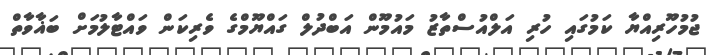
ޖުމުހޫރިއްޔާ ކަމުގައި ހުރި އަލްއުސްތާޒު މައުމޫން އަބްދުލް ގައްޔޫމްގެ ވެރިކަން ވައްޓާލުމަށް ބަޣާވާތް